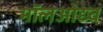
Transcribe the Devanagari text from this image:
मॉलओद्य्च